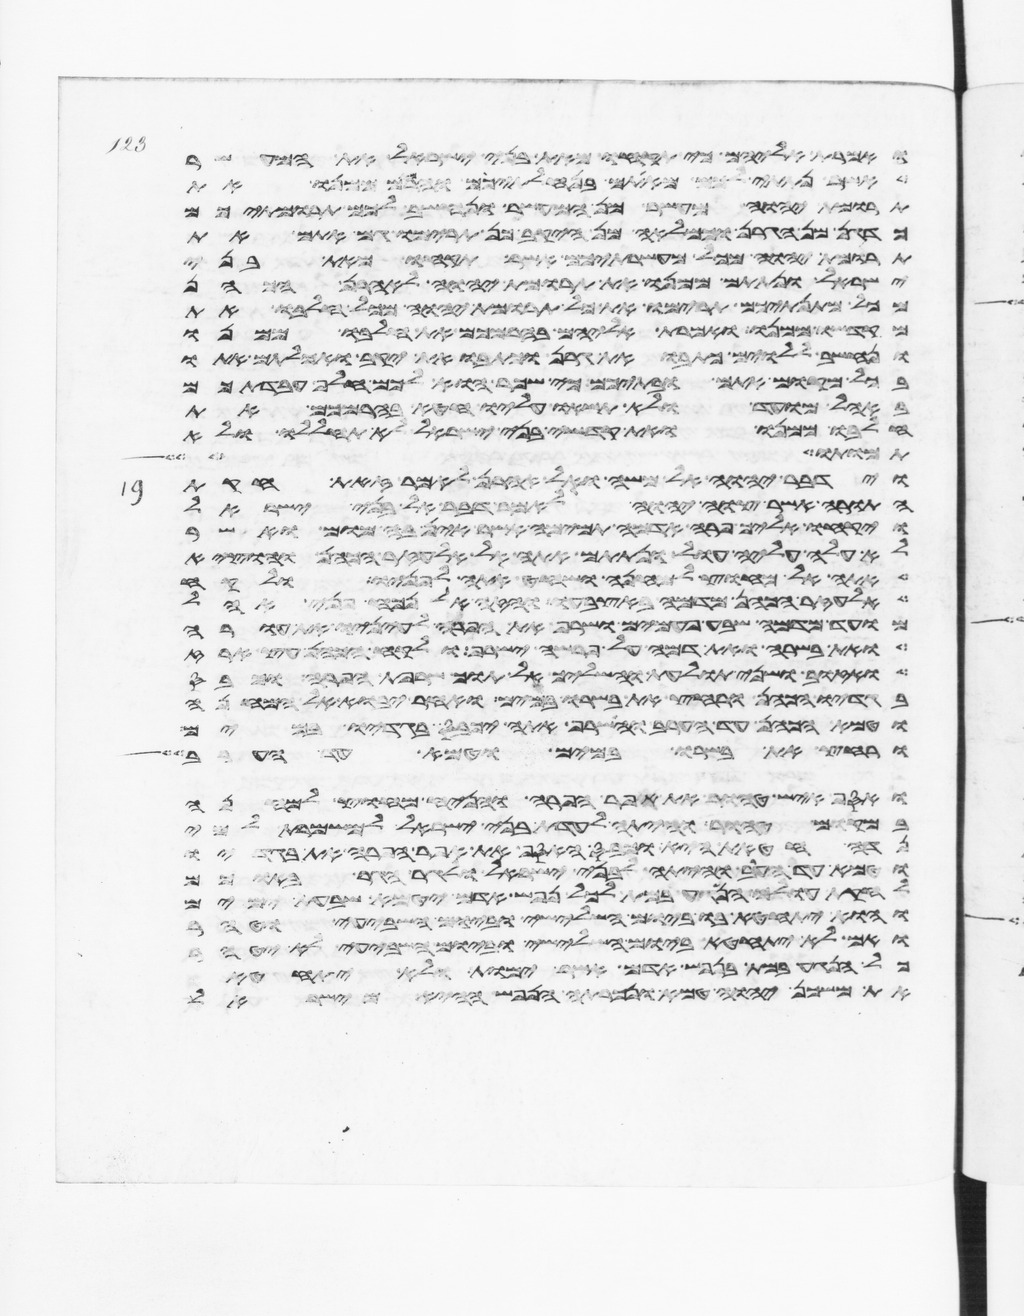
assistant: ואמרת אליהם כי תקחו מאת בני ישראל את המעשר
אשר נתתי לכם מאתם בנחלתיכם והרמתם ממנו את
תרומת יהוה מעשר מן המעשר ונחשב לכם תרומתיכם
כדגן מן הגרן וכמלאה מן היקב כן תרימו גם אתם את
תרומת יהוה מכל מעשרתיכם אשר תקחו מאת בני
ישראל ונתתם ממנו את תרומת יהוה לאהרן הכהן
מכל מתנתיכם תרימו את כל תרומת יהוה מכל חלבו את
מקדשו ממנו ואמרת אליהם בהרמכם את חלבו ממנו
ונחשב ללוים כתבואת גרן וכתבואת יקב ואכלתם אתו
בכל מקום אתם ובתיכם כי שכר הוא לכם חלף עבדתכם
באהל מועד ולא תשאו עליו חטא בהרמכם את
חלבו ממנו ואת קדשי בני ישראל לא תחללו ולא
אמות שש
וידבר יהוה אל משה ואל אהרן לאמר זאת חקות
התורה אשר צוה יהוה לאמר דבר אל בני ישראל
ויקחו אליך פרה אדמה תמימה אשר אין בה מום ואשר
לא עלה עליה עול ונתתם אתה אל אלעזר הכהן והוציא
אתה אל מחוץ למחנה ושחט אתה לפניו ולקח
אלעזר הכהן מדמה באצבעו והזה אל נכח פני אהל
מועד מדמה שבע פעמים ושרף את הפרה לעיניו את עורה
ואת בשרה ואת דמה על פרשה ישרף ולקח הכהן עץ ארז
ואזוב ושני תולעת והשליך אל תוך שרפת הפרה וכבס
בגדיו הכהן ורחץ את בשרו במים ואחר יבוא אל המחנה
וטמא הכהן עד הערב והשרף אתה יכבס בגדיו במים
ורחץ את בשרו במים וטמא עד הערב
ואסף איש טהור את אפר הפרה והניח מחוץ למחנה
במקום טהור והיתה לעדת בני ישראל למשמרת למי
נדה חטאת היא וכבס האסף את אפר הפרה את בגדיו
וטמא עד הערב והיתה לבני ישראל ולגר הגר בתוכם
לחקות עולם הנגע במת לכל נפש אדם יטמא שבעת ימים
והוא יתחטא בו ביום השלישי וביום השביעי וטהר
ואם לא יתחטא ביום השלישי וביום השביעי לא יטהר
כל הנגע במת בנפש אדם אשר ימות ולא יתחטא
את משכן יהוה טמא ונכרתה הנפש ההיא מישראל